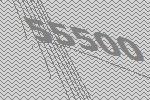
55500